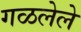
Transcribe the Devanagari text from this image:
गळलेले